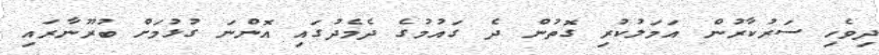
ދިވެހި ސަރުކާރުން އަމަލުކުރި ގޮތުން ދެ ގައުމުގެ ދެމެދުގައި އޮންނަ ގުޅުމަށް ބުރޫނާރައި